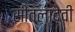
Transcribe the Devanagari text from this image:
सीतलादेवी